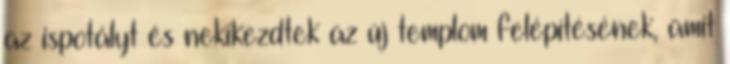
az ispotályt és nekikezdtek az új templom felépítésének, amit